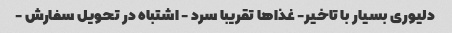
دلیوری بسیار با تاخیر- غذاها تقریبا سرد - اشتباه در تحویل سفارش -